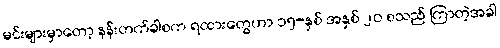
မင်းများမှာတော့ နန်းတက်ခါစက ရထားတွေဟာ ၁၅-နှစ် အနှစ် ၂၀ စသည် ကြာတဲ့အခါ